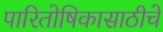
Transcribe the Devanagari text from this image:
पारितोषिकासाठीचे